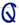
Text: Q